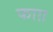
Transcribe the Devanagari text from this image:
फाग़